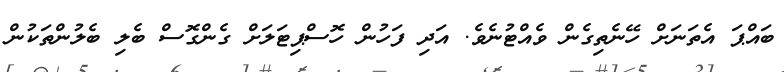
ބައްޕަ އެތަނަށް ހޭނެތިގެން ވެއްޓުނެވެ. އަދި ފަހުން ހޮސްޕިޓަލަށް ގެންގޮސް ބެލި ބެލުންތަކުން